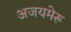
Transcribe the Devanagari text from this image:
अजयमेरू